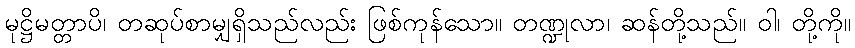
မုဋ္ဌိမတ္တာပိ၊ တဆုပ်စာမျှရှိသည်လည်း ဖြစ်ကုန်သော။ တဏ္ဍုလာ၊ ဆန်တို့သည်။ ဝါ၊ တို့ကို။